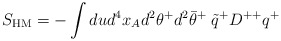
\begin{align*}S_{\mbox{\scriptsize HM}} = -\int dud^4x_Ad^2\theta^+d^2\bar\theta^+\; \tilde q^{+}D^{++}q^+\end{align*}